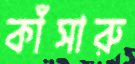
কাঁসারু